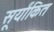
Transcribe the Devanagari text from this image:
सूर्यांकित